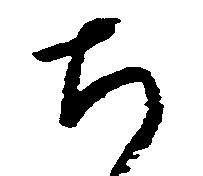
ち